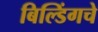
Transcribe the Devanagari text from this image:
बिल्डिंगचे